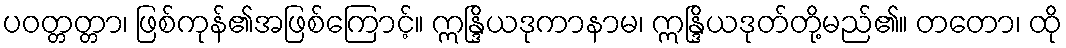
ပဝတ္တတ္တာ၊ ဖြစ်ကုန်၏အဖြစ်ကြောင့်။ ဣန္ဒြိယဒုကာနာမ၊ ဣန္ဒြိယဒုတ်တို့မည်၏။ တတော၊ ထို